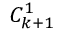
C _ { k + 1 } ^ { 1 }